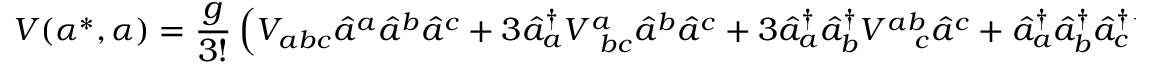
V ( \alpha ^ { * } , \alpha ) = \frac { g } { 3 ! } \left( V _ { a b c } \hat { a } ^ { a } \hat { a } ^ { b } \hat { a } ^ { c } + 3 \hat { a } _ { a } ^ { \dagger } V _ { \; \; b c } ^ { a } \hat { a } ^ { b } \hat { a } ^ { c } + 3 \hat { a } _ { a } ^ { \dagger } \hat { a } _ { b } ^ { \dagger } V _ { \quad c } ^ { a b } \hat { a } ^ { c } + \hat { a } _ { a } ^ { \dagger } \hat { a } _ { b } ^ { \dagger } \hat { a } _ { c } ^ { \dagger } V ^ { a b c } \right)